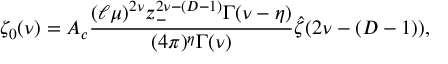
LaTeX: \zeta _ { 0 } ( \nu ) = { \cal A } _ { c } { \frac { ( \ell \mu ) ^ { 2 \nu } z _ { - } ^ { 2 \nu - ( D - 1 ) } \Gamma ( \nu - \eta ) } { ( 4 \pi ) ^ { \eta } \Gamma ( \nu ) } } \hat { \zeta } ( 2 \nu - ( D - 1 ) ) ,